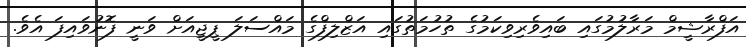
އަފްރާޝީމް މަރާލުމުގައި ބައިވެރިވިކަމުގެ ތުހުމަތުގައި އަޒްލިފްގެ މައްސަލަ ޕީޖީއަށް ވަނީ ފޮނުވައިފަ އެވެ.